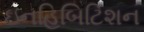
ઇનહિબિટિશન